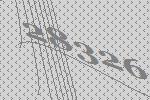
28326